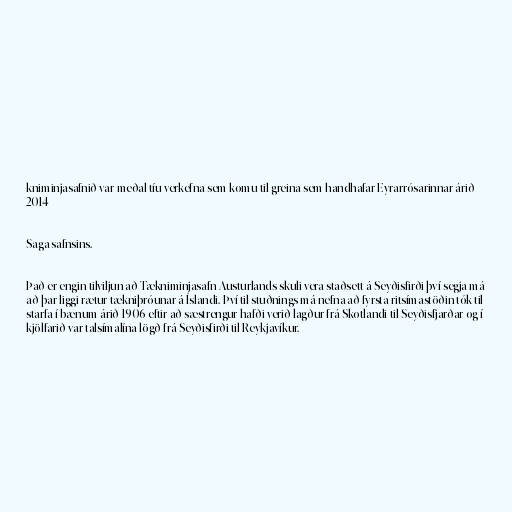
kniminjasafnið var meðal tíu verkefna sem komu til greina sem handhafar Eyrarrósarinnar árið
2014

Saga safnsins.

Það er engin tilviljun að Tækniminjasafn Austurlands skuli vera staðsett á Seyðisfirði því segja má
að þar liggi rætur tækniþróunar á Íslandi. Því til stuðnings má nefna að fyrsta ritsímastöðin tók til
starfa í bænum árið 1906 eftir að sæstrengur hafði verið lagður frá Skotlandi til Seyðisfjarðar og í
kjölfarið var talsímalína lögð frá Seyðisfirði til Reykjavíkur.